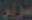
سرير